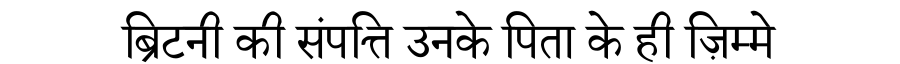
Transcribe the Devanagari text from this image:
ब्रिटनी की संपत्ति उनके पिता के ही ज़िम्मे